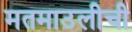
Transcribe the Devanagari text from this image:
मतमाउलीची